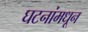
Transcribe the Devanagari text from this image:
घटनांमधून